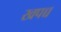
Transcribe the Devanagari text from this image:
खपच्च